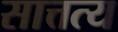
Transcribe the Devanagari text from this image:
सात्तत्य